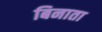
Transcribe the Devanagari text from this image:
बिनाता